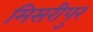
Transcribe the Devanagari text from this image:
मिसरीपुर